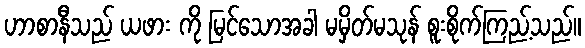
ဟာစာနီသည် ယဖား ကို မြင်သောအခါ မမှိတ်မသုန် စူးစိုက်ကြည့်သည်။